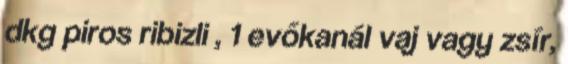
dkg piros ribizli , 1 evőkanál vaj vagy zsír,